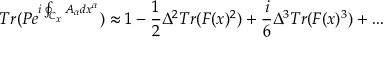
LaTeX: T r ( P e ^ { i \oint _ { C _ { x } } A _ { \alpha } d x ^ { \alpha } } ) \approx 1 - { \frac { 1 } { 2 } } \Delta ^ { 2 } T r ( F ( x ) ^ { 2 } ) + { \frac { i } { 6 } } \Delta ^ { 3 } T r ( F ( x ) ^ { 3 } ) + \dots